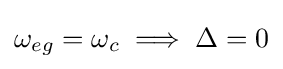
\omega _{eg}=\omega _{c}\implies \Delta =0